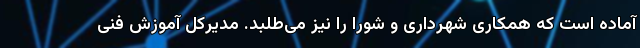
آماده است که همکاری شهرداری و شورا را نیز می‌طلبد. مدیرکل آموزش فنی